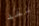
لقد